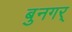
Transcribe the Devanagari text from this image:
बुनगर्